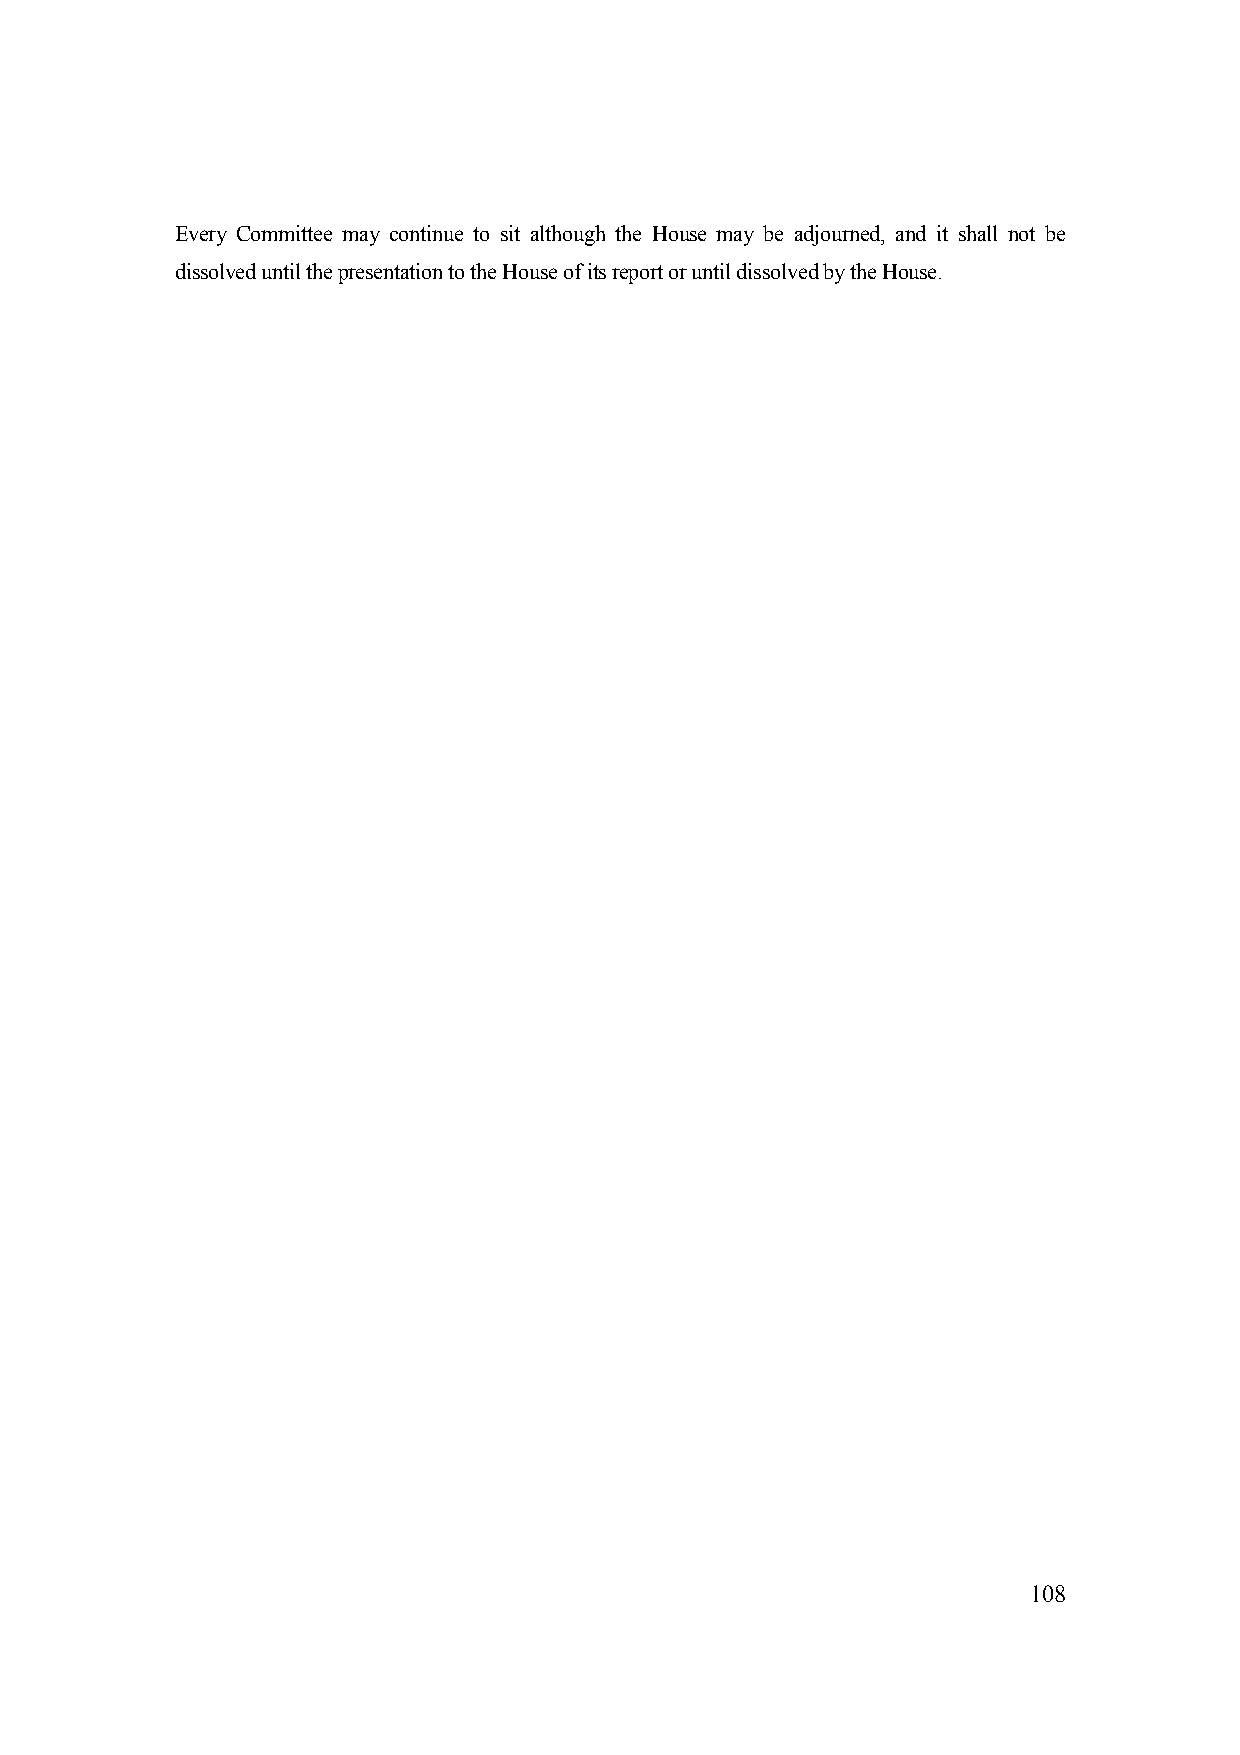
Every Committee may continue to sit although the House may be adjourned, and it shall not be
 dissolved until the presentation to the House of its report or until dissolved by the House.
 108